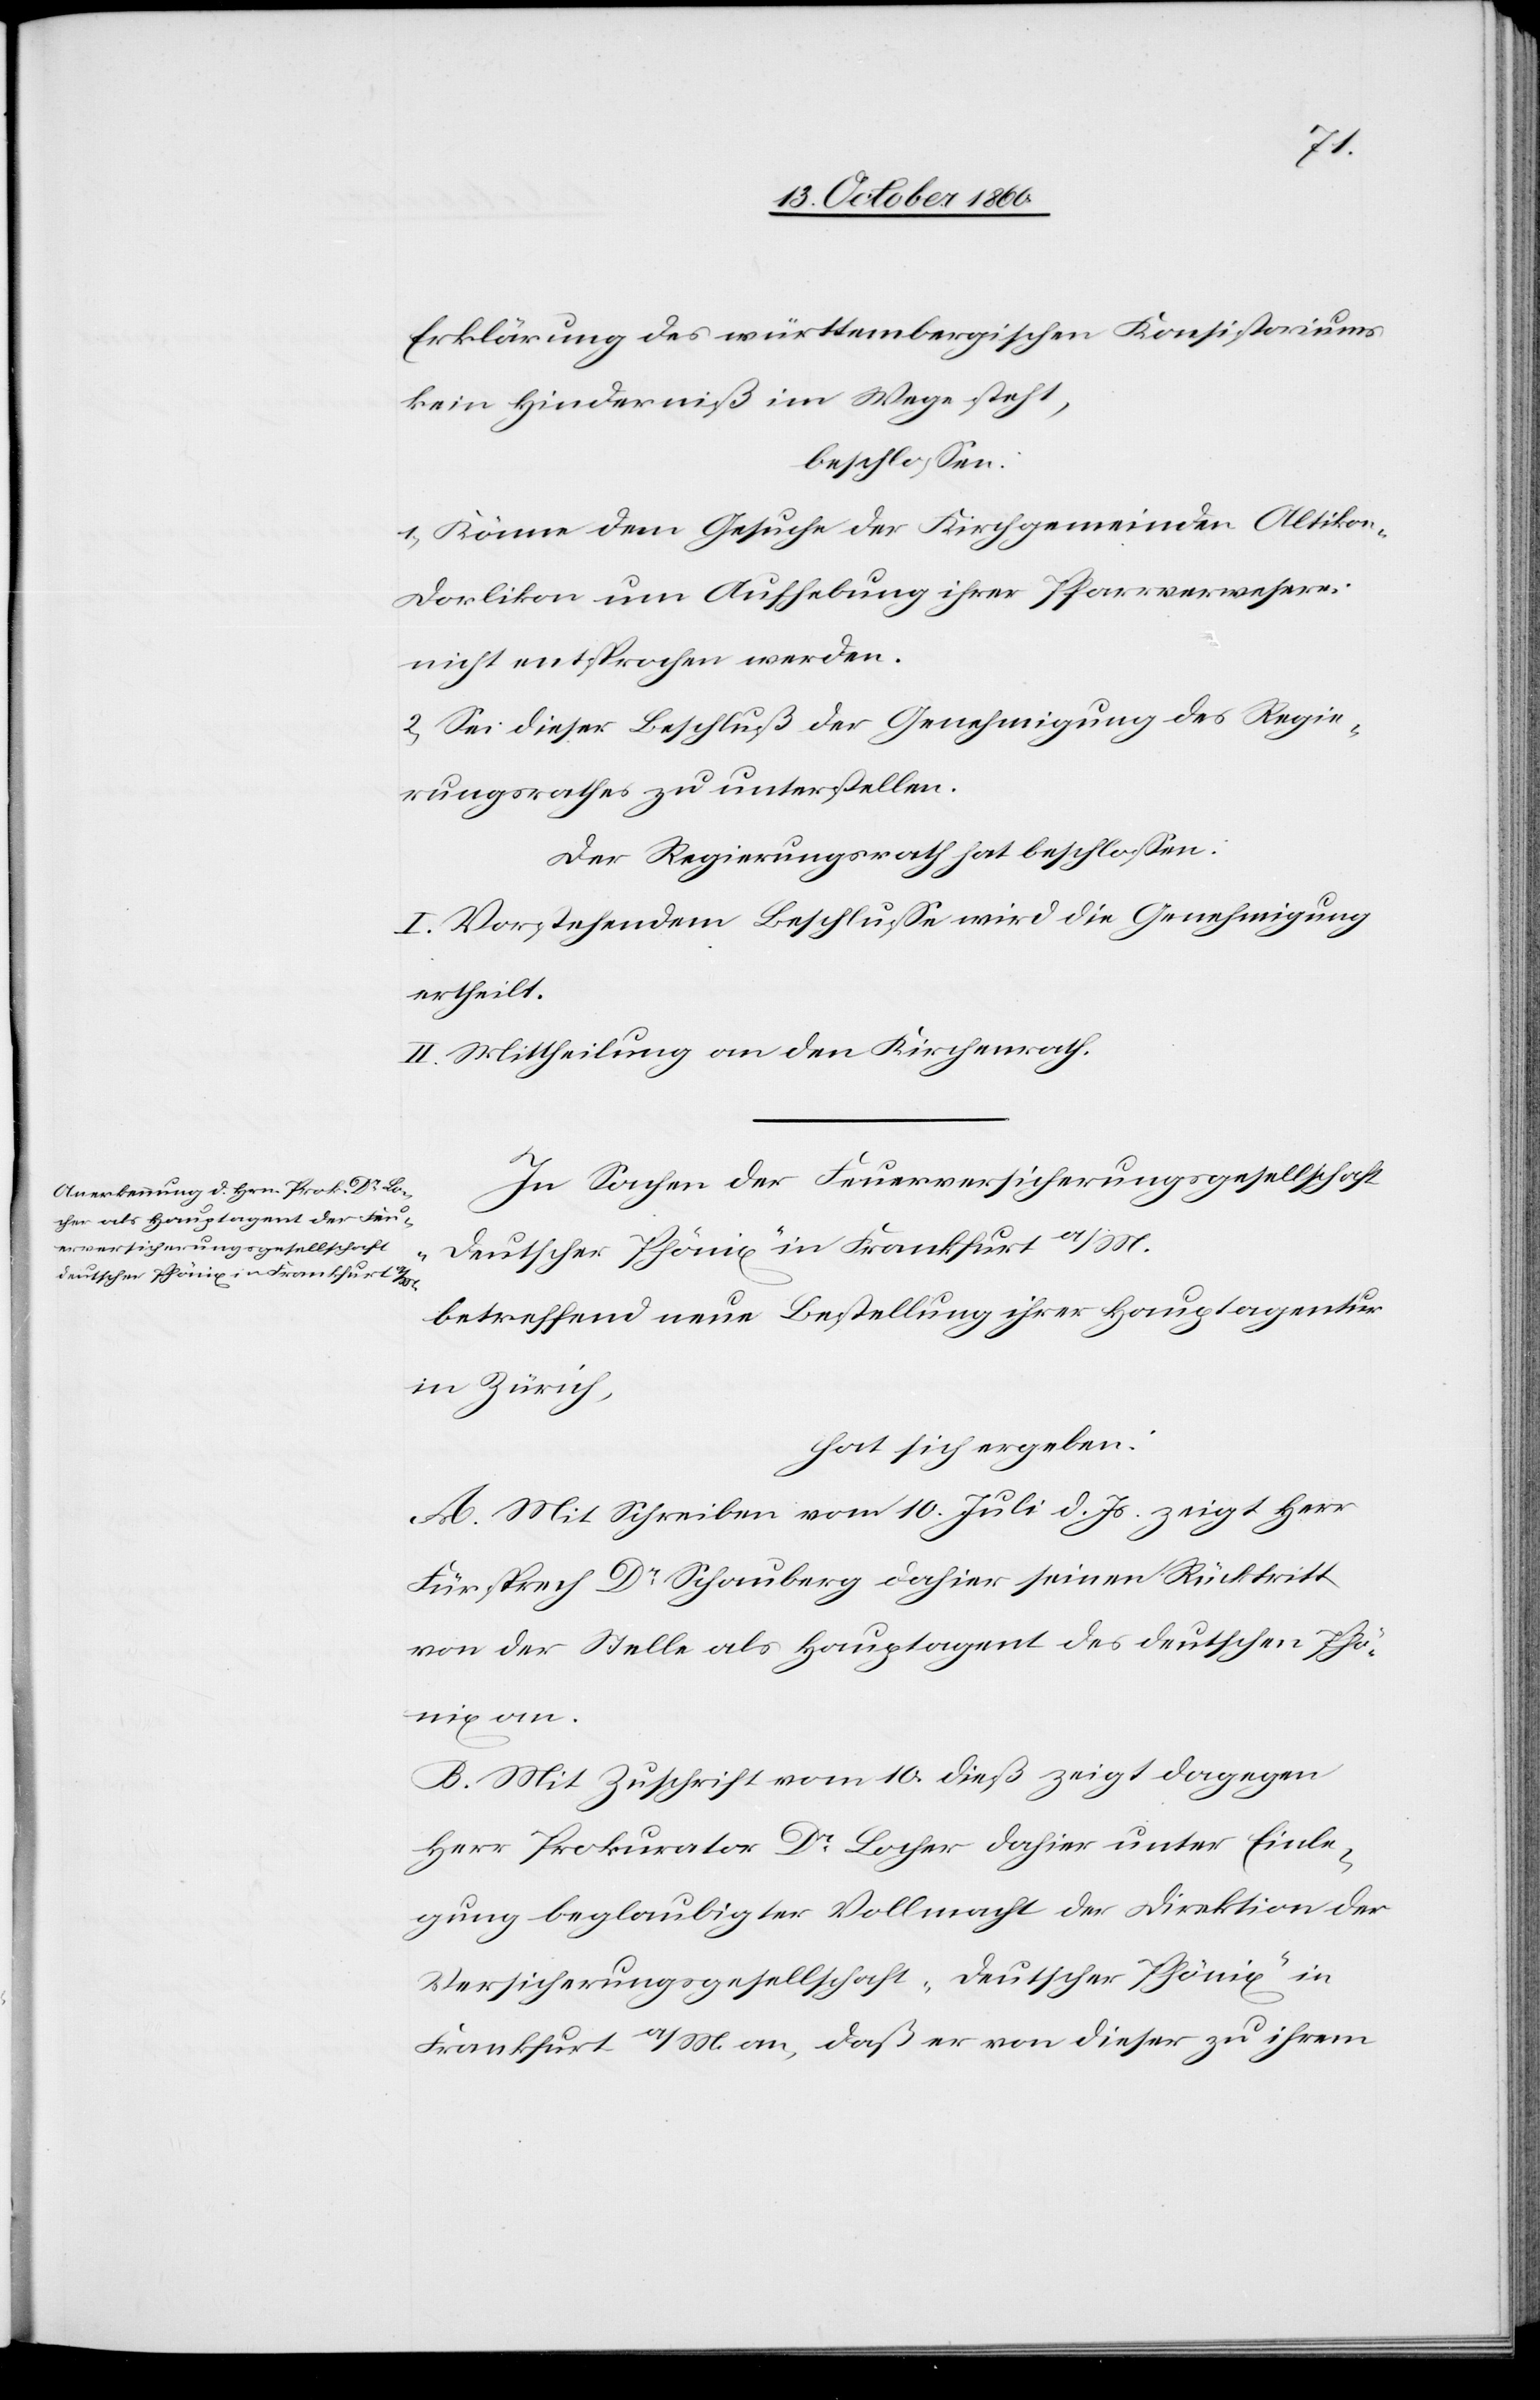
Erklärung des württembergischen Konsistoriums
kein Hinderniß im Wege steht,
beschlossen:
1) Könne dem Gesuche der Kirchgemeinden Altiko¬
n-Dorlikon um Aufhebung ihrer Pfarrverweserei
nicht entsprochen werden.
2) Sei dieser Beschluß der Genehmigung des Regie¬
rungsrathes zu unterstellen.
Der Regierungsrath hat beschlossen:
I. Vorstehendem Beschluße wird die Genehmigung
ertheilt.
II. Mittheilung an den Kirchenrath.
In Sachen der Feuerversicherungsgesellschaft
„deutscher Phönix“ in Frankfurt a/M.
betreffend neue Bestellung ihrer Hauptagentur
in Zürich,
hat sich ergeben:
A. Mit Schreiben vom 10. Juli l. Js. zeigt Herr
Fürsprech Dr Schauberg dahier seinen Rücktritt
von der Stelle als Hauptagent des deutschen Phö¬
nix an.
B. Mit Zuschrift vom 10. dieß zeigt dagegen
Herr Prokurator Dr Locher dahier unter Einle¬
gung beglaubigter Vollmacht der Direktion der
Versicherungsgesellschaft „deutscher Phönix“ in
Frankfurt a/M. an, daß er von dieser zu ihrem